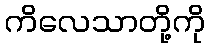
ကိလေသာတို့ကို